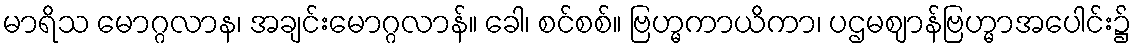
မာရိသ မောဂ္ဂလာန၊ အချင်းမောဂ္ဂလာန်။ ခေါ၊ စင်စစ်။ ဗြဟ္မကာယိကာ၊ ပဌမဈာန်ဗြဟ္မာအပေါင်း၌